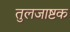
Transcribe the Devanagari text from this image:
तुलजाष्टक